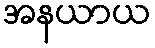
အနယာယ